Lunatic asylums Punjab 1911-1921 - 1911-1921
Year: 1911
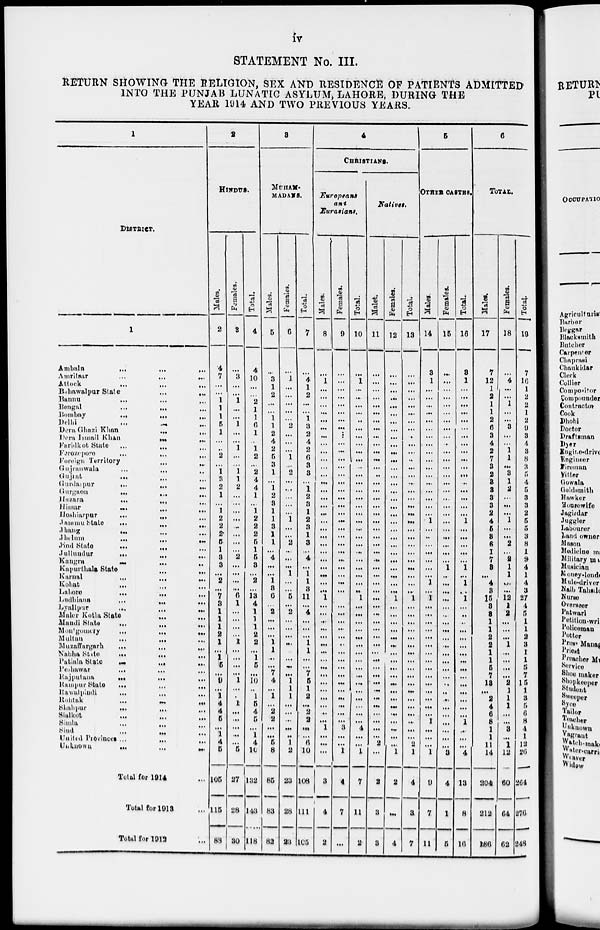
iv
STATEMENT No. III.
RETURN SHOWING THE RELIGION, SEX AND RESIDENCE OF PATIENTS ADMITTED
INTO THE PUNJAB LUNATIC ASYLUM, LAHORE, DURING THE
YEAR 1914 AND TWO PREVIOUS YEARS.
1
DISTRICT.
1
Ambala
...
...
...
Amritsar
...
...
...
Attock
...
...
...
Bahawalpur State ... ...
Bannu ... ... ...
Bengal ... ... ...
Bombay
...
...
...
Delhi
...
...
...
Dera Ghazi Khan ... ...
Dera Ismail Khan ... ...
Faridkot State ... ...
Ferozepore
...
...
...
Foreign Territory ... ...
Gujranwala
...
...
...
Gujrat ... ... ...
Gurdaspur ... ... ...
Gurgaon ... ... ...
Hazara
...
...
...
Hissar ... ... ...
Hoshiarpur
...
...
...
Jammu
State
...
...
...
Jhang ... ... ...
Jhelum
...
...
...
Jind
State
...
...
...
Jullundar ... ... ...
Kangra ... ... ...
Kapurthala
State
...
...
...
Karnal ... ... ...
Kohat ... ... ...
Lahore ... ... ...
Ludhiana ... ... ...
Lyallpur ... ... ...
Maler Kotla
State
...
...
...
Mandi
State
...
...
...
Montgomery
...
...
...
Multan
...
...
...
Muzaffargarh
...
...
...
Nabha
State ... ... ...
Patiala
State
...
...
...
Peshawar
...
...
...
Rajputana
...
...
...
Rampur
State
...
...
...
Rawulpindi
...
...
...
Rohtak
...
...
...
Shahpur ... ... ...
Sialkot ... ... ...
Simla ... ... ...
Sind
...
...
...
United
Provinces
...
...
...
Unknown
...
...
...
Total for 1914 ...
Total for 1913 ...
Total for 1912 ...
2
HINDUS.
Males.
2
4
7
...
...
1
1
1
5
1
...
...
2
...
1
3
2
1
...
1
2
2
2
5
1
3
3
...
2
...
7
3
1
1
1
2
1
...
1
5
...
9
...
1
4
4
5
...
1
4
5
106
115
88
Females.
3
...
3
...
...
1
...
...
1
...
...
1
...
...
1
1
2
...
...
...
...
...
...
...
...
2
...
...
...
...
6
1
...
...
...
...
1
...
...
...
...
1
...
...
1
...
...
...
...
...
5
27
28
30
Total.
4
4
10
...
...
2
1
1
6
1
...
1
2
...
2
4
4
1
...
1
2
2
2
5
1
5
3
...
2
...
13
4
1
1
1
2
2
...
1
5
...
10
...
1
5
4
5
...
1
4
10
132
143
118
3
MUHAM-
MADAMS.
Males.
5
...
3
1
2
...
...
1
1
2
4
2
5
3
1
...
1
2
3
1
1
3
1
1
...
4
...
...
1
3
6
...
2
...
...
...
1
1
...
...
7
4
...
1
...
2
2
...
...
5
8
85
83
82
Females.
6
...
1
...
...
...
...
...
2
...
...
...
1
...
2
...
...
...
...
...
1
...
...
2
...
...
...
1
...
...
5
...
2
...
...
...
...
...
...
...
...
1
1
1
...
...
...
...
...
1
2
23
28
23
Total.
7
...
4
1
2
...
...
1
3
2
4
2
6
3
3
...
1
2
3
1
2
3
1
3
...
4
...
1
1
3
11
...
4
...
...
...
1
1
...
...
7
5
1
2
...
2
2
...
...
6
10
108
111
105
4
CHRISTIANS.
Europeans
and
Eurasians.
Males.
8
...
1
...
...
...
...
...
...
...
...
...
...
...
...
...
...
...
...
...
...
...
...
...
...
...
...
...
...
...
1
...
...
...
...
...
...
...
...
...
...
...
...
...
...
...
...
1
...
...
...
3
4
2
Females.
9
...
...
...
...
...
...
...
...
...
...
...
...
...
...
...
...
...
...
...
...
...
...
...
...
...
...
...
...
...
...
...
...
...
...
...
...
...
...
...
...
...
...
...
...
...
...
3
...
...
1
4
7
...
Total.
10
...
1
...
...
...
...
...
...
...
...
...
...
...
...
...
...
...
...
...
...
...
...
...
...
...
...
...
...
...
1
...
...
...
...
...
...
...
...
...
...
...
...
...
...
...
...
4
...
...
1
7
11
2
Natives.
Males.
11
...
...
...
...
...
...
...
...
...
...
...
...
...
...
...
...
...
...
...
...
...
...
...
...
...
...
...
...
...
...
...
...
...
...
...
...
...
...
...
...
...
...
...
...
...
...
...
...
2
...
2
3
3
Females.
12
...
...
...
...
...
...
...
...
...
...
...
...
...
...
...
...
...
...
...
...
...
...
...
...
...
...
...
...
...
1
...
...
...
...
...
...
...
...
...
...
...
...
...
...
...
...
...
...
...
1
2
...
4
Total.
13
...
...
...
...
...
...
...
...
...
...
...
...
...
...
...
...
...
...
...
...
...
...
...
...
...
...
...
...
1
...
...
...
...
...
...
...
...
...
...
...
...
...
...
...
...
...
...
2
1
4
3
7
5
OTHER CASTES.
Males.
14
3
1
...
...
...
...
...
...
...
...
...
...
...
...
...
...
...
...
....
1
...
...
...
...
...
...
...
1
...
1
...
...
...
...
...
...
...
...
...
...
...
...
...
...
...
1
...
...
...
1
9
7
11
Females.
15
...
...
...
...
...
...
...
...
...
...
...
...
...
...
...
...
...
...
...
...
...
...
...
...
...
1
...
...
...
...
...
...
...
...
...
...
...
...
...
...
...
...
...
...
...
...
...
...
...
3
4
1
5
Total.
16
3
1
...
...
...
...
...
...
...
...
...
...
...
...
...
...
...
...
...
1
...
...
...
...
...
1
...
1
...
1
...
...
...
...
...
...
...
...
...
...
...
...
...
...
...
1
...
...
...
4
13
8
16
6
TOTAL.
Males.
17
7
12
1
2
1
1
2
6
3
4
2
7
3
2
3
3
3
3
2
4
6
3
6
1
7
3
...
4
3
15
3
3
1
1
2
2
1
1
5
7
13
...
2
4
6
8
1
1
11
14
204
212
186
Females.
18
...
4
...
...
1
...
...
8
...
...
1
1
...
3
1
2
...
...
...
1
...
...
2
...
2
1
1
...
...
12
1
2
...
...
...
1
...
...
...
...
2
1
1
1
...
...
3
...
1
12
60
64
62
Total.
19
7
16
1
2
2
1
2
9
3
4
3
8
3
5
4
5
3
3
2
5
6
3
8
1
9
4
1
4
3
27
4
5
1
1
2
3
1
1
5
7
15
1
3
5
6
8
4
1
12
26
264
276
248